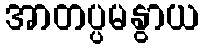
အာတပ္ပမနွာယ